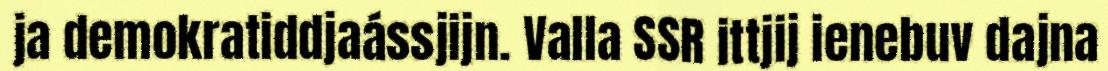
ja demokratiddjaássjijn. Valla SSR ittjij ienebuv dajna